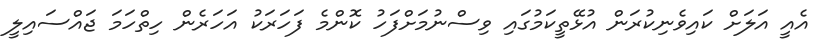
އެއީ އަލަށް ކައިވެނިކުރަން އުޅޭތީކަމުގައި ވިސްނުމަށްފަހު ކޮންމެ ފަހަރަކު އަހަރެން ހިތްހަމަ ޖައްސައިލީ